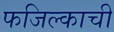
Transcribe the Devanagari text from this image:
फजिल्काची